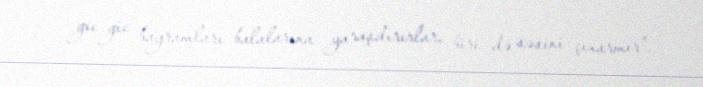
gic-gic bayramları balalarına yaraşdırırlar, biri də səsini çıxarmır”.